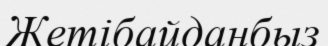
Жетібайданбыз